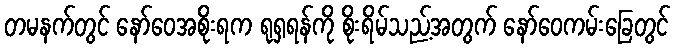
တမနက်တွင် နော်ဝေအစိုးရက ရုရှရန်ကို စိုးရိမ်သည့်အတွက် နော်ဝေကမ်းခြေတွင်